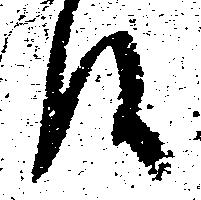
候